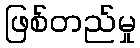
ဖြစ်တည်မှု